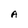
Character: A